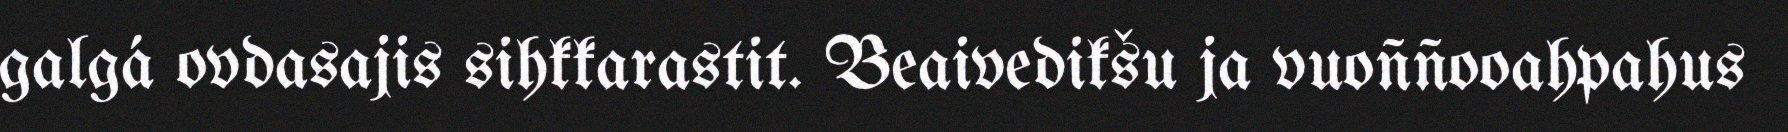
galgá ovdasajis sihkkarastit. Beaivedikšu ja vuoññooahpahus